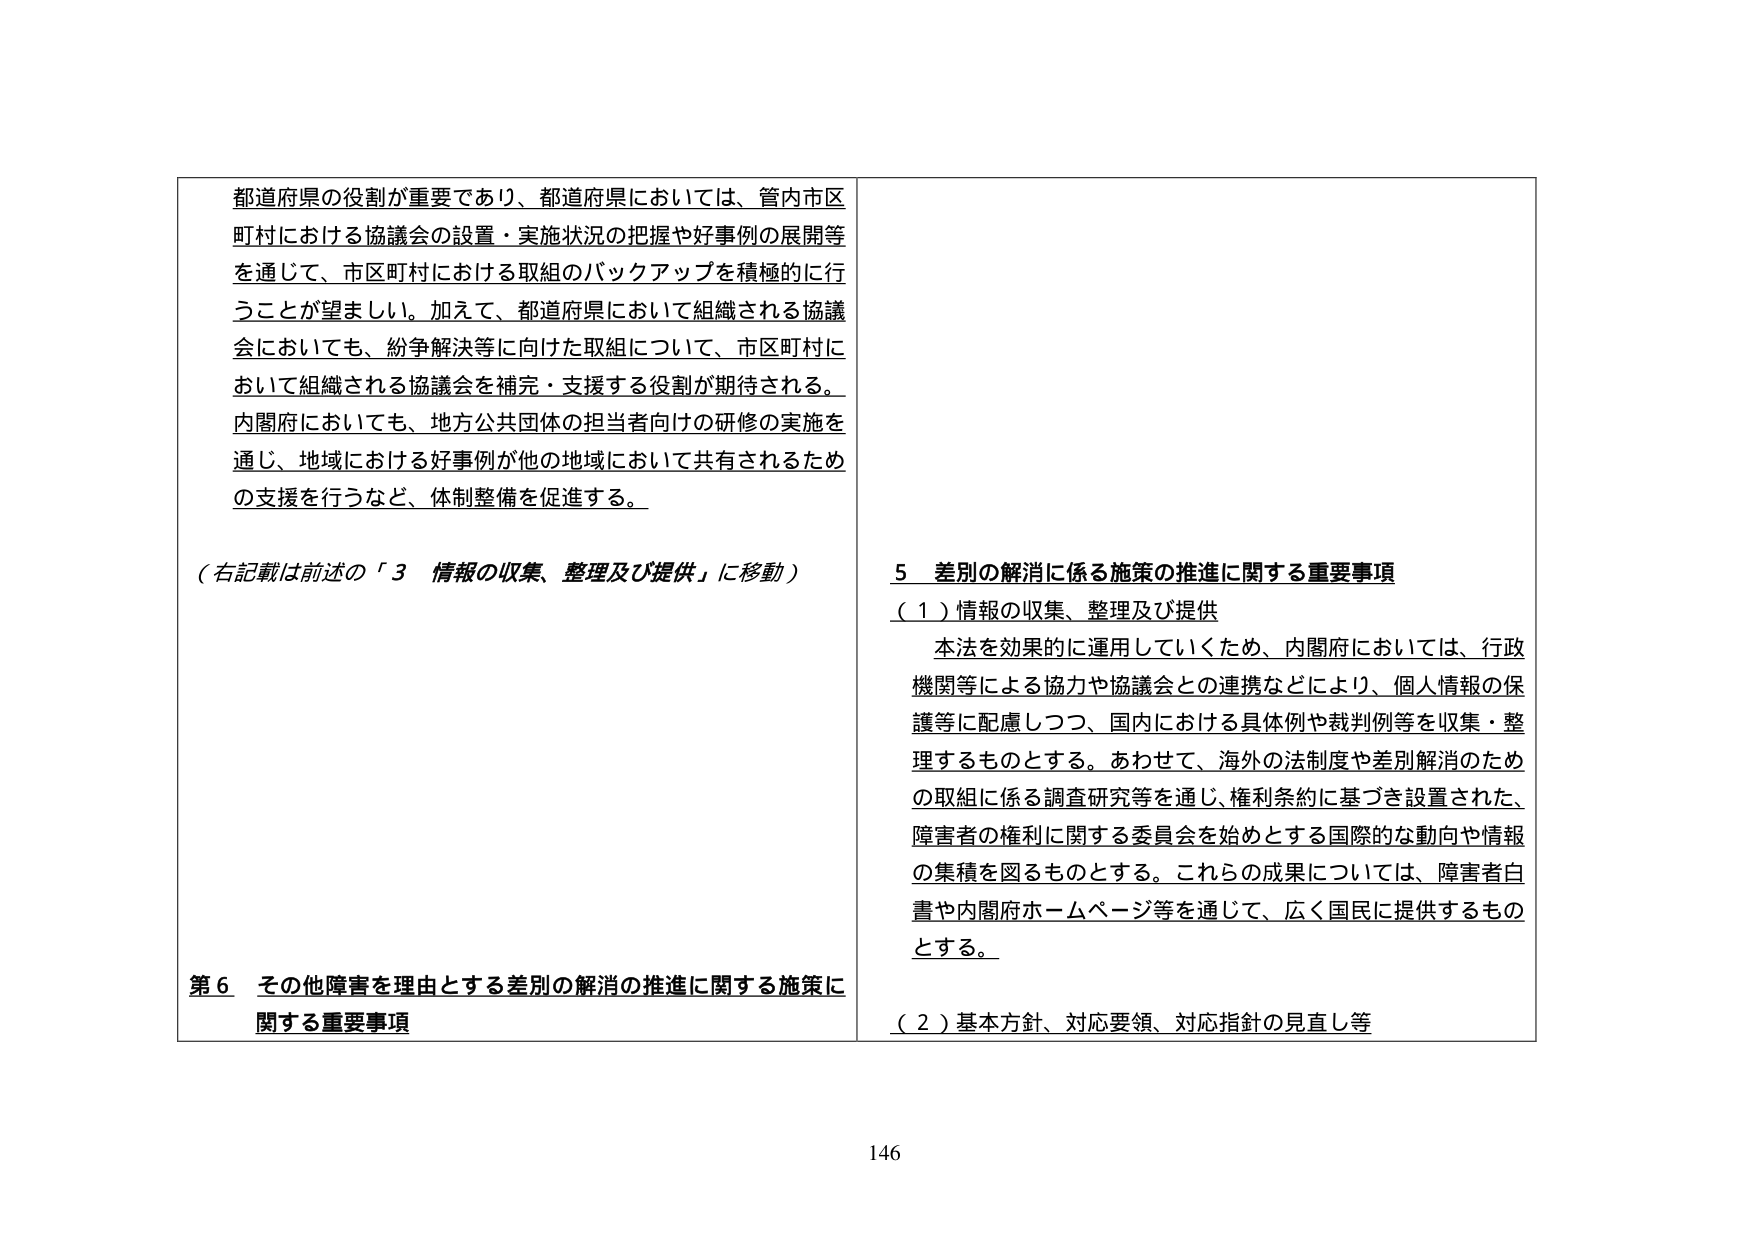
都道府県の役割が重要であり、都道府県においては、管内市区町村における協議会の設置・実施状況の把握や好事例の展開等を通じて、市区町村における取組のバックアップを積極的に行うことが望ましい。加えて、都道府県において組織される協議会においても、紛争解決等に向けた取組について、市区町村において組織される協議会を補完・支援する役割が期待される。内閣府においても、地方公共団体の担当者向けの研修の実施を通じ、地域における好事例が他の地域において共有されるための支援を行うなど、体制整備を促進する。

（右記載は前述の「３ 情報の収集、整理及び提供」に移動）

第６ その他障害を理由とする差別の解消の推進に関する施策に関する重要事項

５ 差別の解消に係る施策の推進に関する重要事項
（１）情報の収集、整理及び提供
本法を効果的に運用していくため、内閣府においては、行政機関等による協力や協議会との連携などにより、個人情報の保護等に配慮しつつ、国内における具体例や裁判例等を収集・整理するものとする。あわせて、海外の法制度や差別解消のための取組に係る調査研究等を通じ、権利条約に基づき設置された、障害者の権利に関する委員会を始めとする国際的な動向や情報の集積を図るものとする。これらの成果については、障害者白書や内閣府ホームページ等を通じて、広く国民に提供するものとする。

（２）基本方針、対応要領、対応指針の見直し等

146